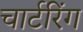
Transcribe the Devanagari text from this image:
चार्टरिंग